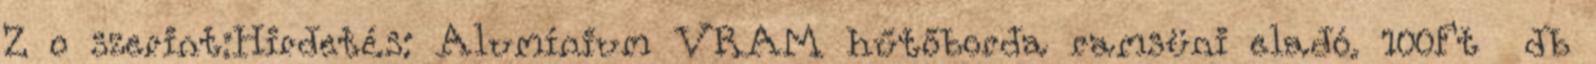
Z o szerint:Hirdetés: Alumínium VRAM hűtőborda ramsüni eladó. 100Ft db